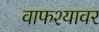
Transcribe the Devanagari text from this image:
वाफश्यावर